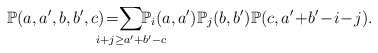
\begin{align*}\mathbb{P}(a,a',b,b',c)\!=\!\!\!\!\!\!\!\!\!\!\sum_{i+j\geq a'+b'-c}\!\!\!\!\!\!\!\!\!\!\mathbb{P}_{i}(a,a')\mathbb{P}_{j}(b,b')\mathbb{P}(c,a'\!+\!b'\!-\!i\!-\!j).\end{align*}